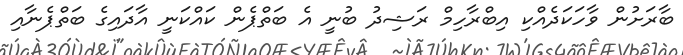
ބާރަށުން ވާހަކަދެއްކި އިބްރާހިމް ރަޝިދު ބުނީ އެ ބަތްޕެން ކައްކަނީ އާދައިގެ ބަތްޕެނާއި